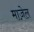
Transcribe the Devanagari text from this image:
माज़ेल